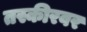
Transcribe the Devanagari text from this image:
तस्कीरवर